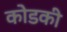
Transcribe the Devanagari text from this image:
कोडकी